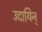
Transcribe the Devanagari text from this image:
उदायिन्